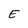
Character: E